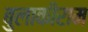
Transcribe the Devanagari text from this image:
बुलाकीराम